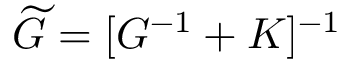
{ \widetilde { G } = [ G ^ { - 1 } + K ] ^ { - 1 } }